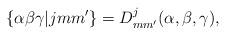
LaTeX: \begin{align*}\{ \alpha \beta \gamma |jmm'\}= D^j_{mm'} ( \alpha ,\beta , \gamma ),\end{align*}